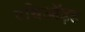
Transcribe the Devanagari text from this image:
एथिऑइड